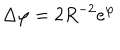
\Delta \varphi = 2 R ^ { - 2 } e ^ { \varphi }